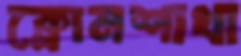
ক্লোমশাখা